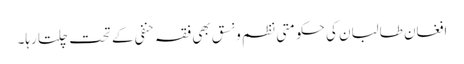
افغان طالبان کی حکومتی نظم و نسق بھی فقہ حنفی کے تحت چلتا رہا۔